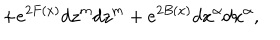
LaTeX: + e ^ { 2 F ( x ) } d z ^ { m } d z ^ { m } + e ^ { 2 B ( x ) } d x ^ { \alpha } d x ^ { \alpha } ,